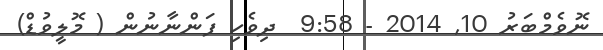
ނޮވެމްބަރު 10